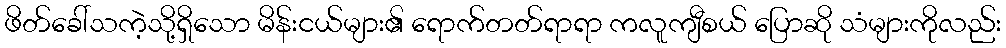
ဖိတ်ခေါ်သကဲ့သို့ရှိသော မိန်းငယ်များ၏ ရောက်တတ်ရာရာ ကလူကျီစယ် ပြောဆို သံများကိုလည်း